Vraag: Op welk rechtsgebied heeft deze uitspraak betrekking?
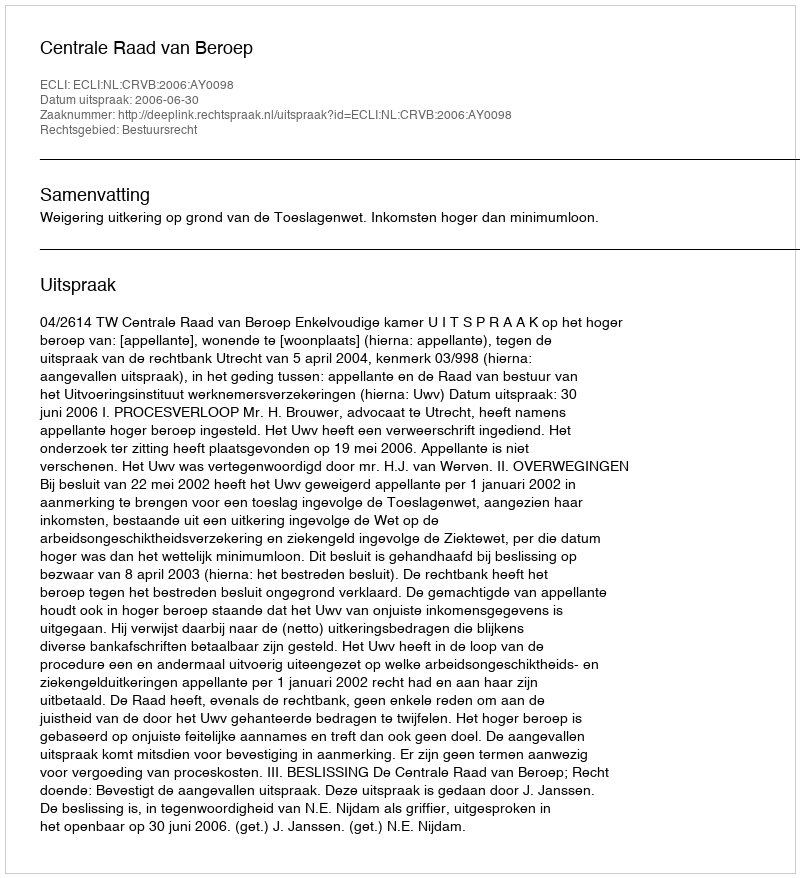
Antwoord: Bestuursrecht